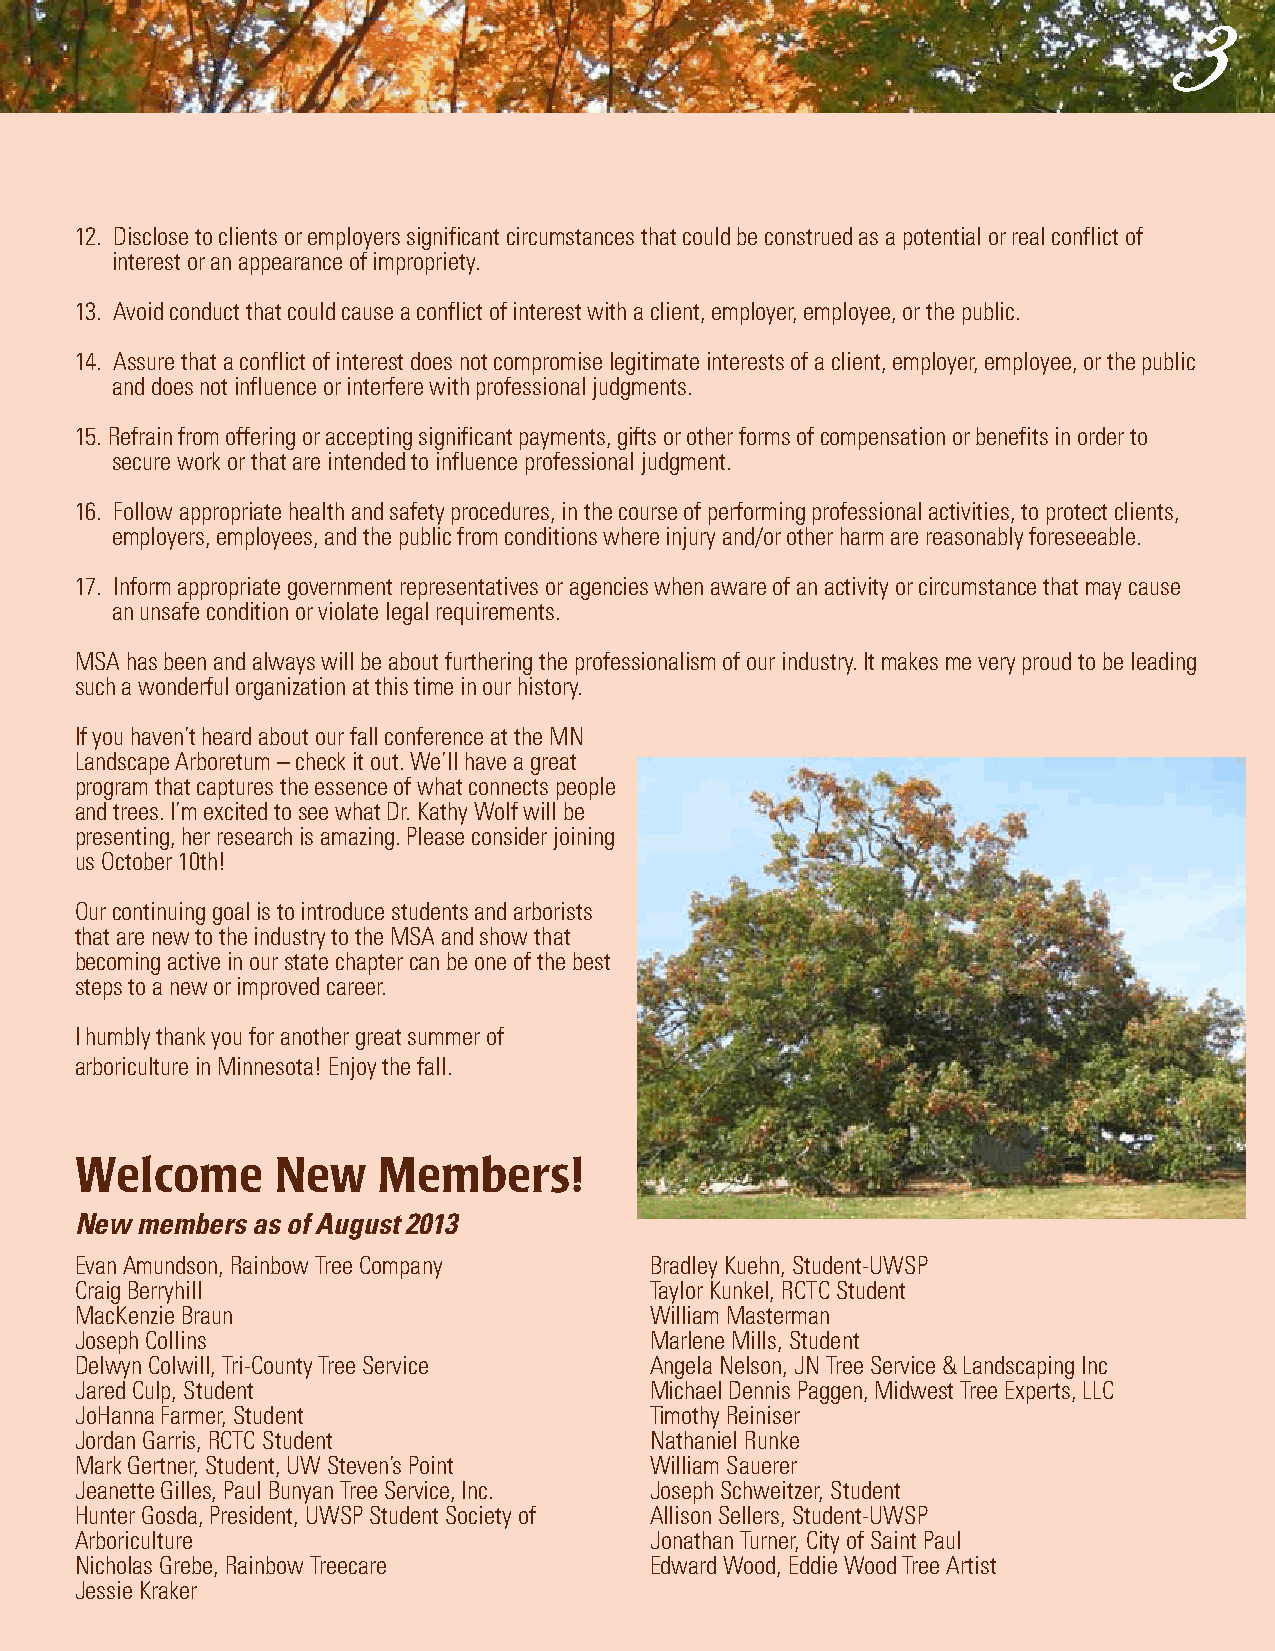
3
 12. Disclose to clients or employers significant circumstances that could be construed as a potential or real conflict of
 interest or an appearance of impropriety.
 13. Avoid conduct that could cause a conflict of interest with a client, employer, employee, or the public.
 14. Assure that a conflict of interest does not compromise legitimate interests of a client, employer, employee, or the public
 and does not influence or interfere with professional judgments.
 15. Refrain from offering or accepting significant payments, gifts or other forms of compensation or benefits in order to
 secure work or that are intended to influence professional judgment.
 16. Follow appropriate health and safety procedures, in the course of performing professional activities, to protect clients,
 employers, employees, and the public from conditions where injury and/or other harm are reasonably foreseeable.
 17. Inform appropriate government representatives or agencies when aware of an activity or circumstance that may cause
 an unsafe condition or violate legal requirements.
 MSA has been and always will be about furthering the professionalism of our industry. It makes me very proud to be leading
 such a wonderful organization at this time in our history.
 If you haven’t heard about our fall conference at the MN
 Landscape Arboretum – check it out. We’ll have a great
 program that captures the essence of what connects people
 and trees. I’m excited to see what Dr. Kathy Wolf will be
 presenting, her research is amazing. Please consider joining
 us October 10th!
 Our continuing goal is to introduce students and arborists
 that are new to the industry to the MSA and show that
 becoming active in our state chapter can be one of the best
 steps to a new or improved career.
 I humbly thank you for another great summer of
 arboriculture in Minnesota! Enjoy the fall.
 Welcome      New    Members!
 New members as of August 2013
 Evan Amundson, Rainbow Tree Company   Bradley Kuehn, Student-UWSP
 Craig Berryhill                       Taylor Kunkel, RCTC Student
 MacKenzie Braun                       William Masterman
 Joseph Collins                        Marlene Mills, Student
 Delwyn Colwill, Tri-County Tree Service Angela Nelson, JN Tree Service & Landscaping Inc
 Jared Culp, Student                   Michael Dennis Paggen, Midwest Tree Experts, LLC
 JoHanna Farmer, Student               Timothy Reiniser
 Jordan Garris, RCTC Student           Nathaniel Runke
 Mark Gertner, Student, UW Steven’s Point William Sauerer
 Jeanette Gilles, Paul Bunyan Tree Service, Inc. Joseph Schweitzer, Student
 Hunter Gosda, President, UWSP Student Society of Allison Sellers, Student-UWSP
 Arboriculture                         Jonathan Turner, City of Saint Paul
 Nicholas Grebe, Rainbow Treecare      Edward Wood, Eddie Wood Tree Artist
 Jessie Kraker